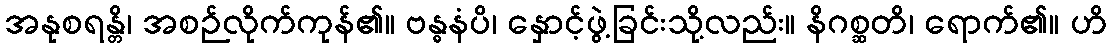
အနုစရန္တိ၊ အစဉ်လိုက်ကုန်၏။ ဗန္ဓနံပိ၊ နှောင့်ဖွဲ့ခြင်းသို့လည်း။ နိဂစ္ဆတိ၊ ရောက်၏။ ဟိ